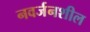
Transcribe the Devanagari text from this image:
नवर्जनशील